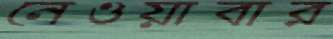
নেওয়াবার